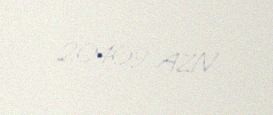
20409 AZN